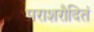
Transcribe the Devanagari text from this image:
पराशरौदितं